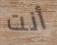
أنت